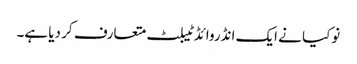
نوکیا نے ایک انڈروائڈ ٹیبلٹ متعارف کر دیا ہے۔